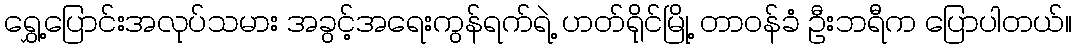
ရွှေ့ပြောင်းအလုပ်သမား အခွင့်အရေးကွန်ရက်ရဲ့ ဟတ်ရိုင်မြို့ တာဝန်ခံ ဦးဘရီက ပြောပါတယ်။